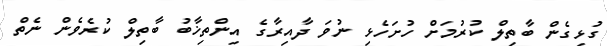
ގުޅިގެން ބާތިލް ކުރުމަށް ހުށަހެޅި ނުވަ ދާއިރާގެ އިންތިޚާބު ބާތިލް ކުރެވެން ނެތް